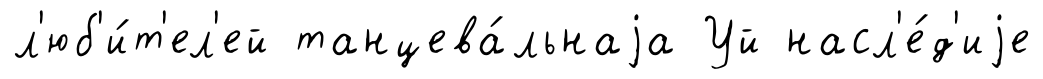
л'юб'и́т'ел'ей танцева́льнаjа Уй насл'е́д'иjе